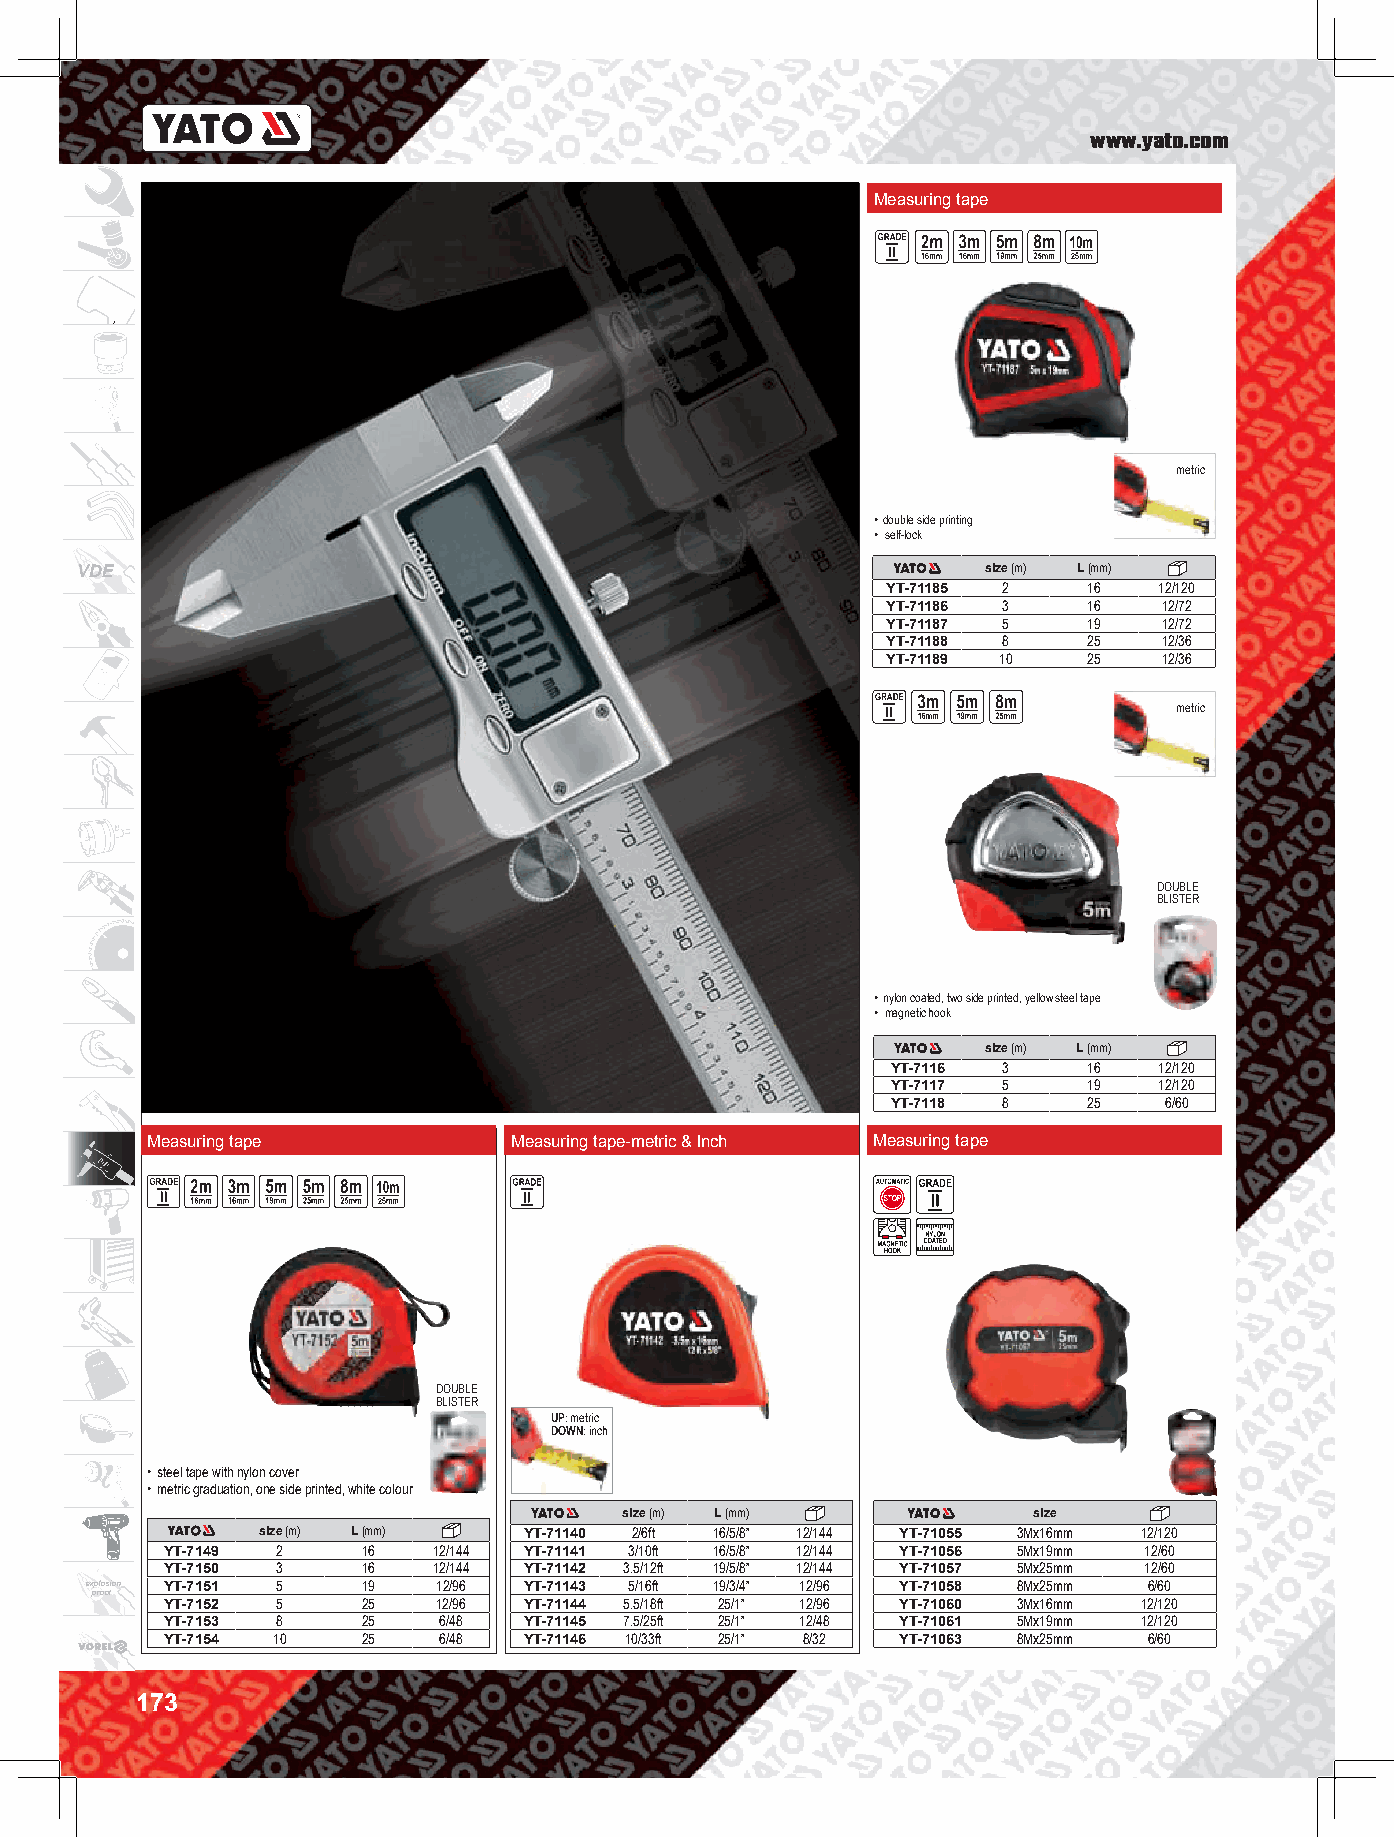
www.yato.com
 Measuring tape
 25
 metric
 • double side printing
 • self-lock
 VDE                                                         size (m) L (mm)
 YT-71185 2   16   12/120
 YT-71186 3   16   12/72
 YT-71187 5   19   12/72
 YT-71188 8   25   12/36
 YT-71189 10  25   12/36
 metric
 DOUBLE
 BLISTER
 • nylon coated, two side printed, yellow steel tape
 • magnetic hook
 size (m) L (mm)
 YT-7116 3    16   12/120
 YT-7117 5    19   12/120
 YT-7118 8    25   6/60
 Measuring tape          Measuring tape-metric & lnch Measuring tape
 25
 DOUBLE
 BLISTER
 UP: metric
 DOWN: inch
 • steel tape with nylon cover
 • metric graduation, one side printed, white colour
 size (m) L (mm)            size
 size (m) L (mm)   YT-71140 2/6ft 16/5/8” 12/144 YT-71055 3Mx16mm 12/120
 YT-7149 2    16   12/144 YT-71141 3/10ft 16/5/8” 12/144 YT-71056 5Mx19mm 12/60
 YT-7150 3    16   12/144 YT-71142 3.5/12ft 19/5/8” 12/144 YT-71057 5Mx25mm 12/60
 explosion YT-7151 5 19 12/96 YT-71143 5/16ft 19/3/4” 12/96 YT-71058 8Mx25mm 6/60
 proof
 YT-7152 5    25   12/96 YT-71144 5.5/18ft 25/1” 12/96 YT-71060 3Mx16mm 12/120
 YT-7153 8    25   6/48  YT-71145 7.5/25ft 25/1” 12/48 YT-71061 5Mx19mm 12/120
 YT-7154 10   25   6/48  YT-71146 10/33ft 25/1” 8/32 YT-71063 8Mx25mm 6/60
 173